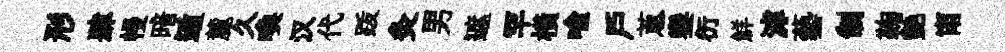
形肆幔暗遁麓久喚汉代䟦灸男遮罕橫喩戸蔥鑾衍鮮滹藝制鞠艶甯